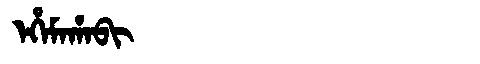
Manchu: ᡝᡥᡝᠮᠠᡥᠠᠪᡳ
Romanization: EHEMAHABI